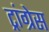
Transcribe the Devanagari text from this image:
ट्रांग्रेस